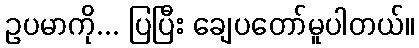
ဥပမာကို... ပြပြီး ချေပတော်မူပါတယ်။